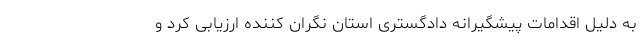
به دلیل اقدامات پیشگیرانه دادگستری استان نگران کننده ارزیابی کرد و